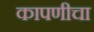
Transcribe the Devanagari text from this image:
कापणीचा